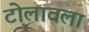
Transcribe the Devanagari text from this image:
टोलावला